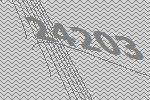
24203